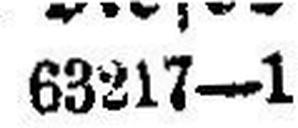
63217—1